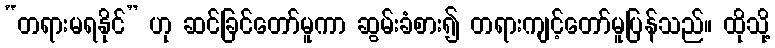
“တရားမရနိုင်” ဟု ဆင်ခြင်တော်မူကာ ဆွမ်းခံစား၍ တရားကျင့်တော်မူပြန်သည်။ ထိုသို့